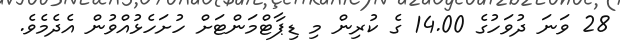
28 ވަނަ ދުވަހުގެ 14.00 ގެ ކުރިން މި ޑިޕާޓްމަންޓަށް ހުށަހެޅުއްވުން އެދެމެވެ.